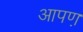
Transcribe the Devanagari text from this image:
आपण़